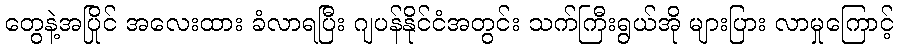
တွေနဲ့အပြိုင် အလေးထား ခံလာရပြီး ဂျပန်နိုင်ငံအတွင်း သက်ကြီးရွယ်အို များပြား လာမှုကြောင့်